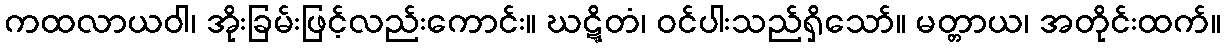
ကထလာယဝါ၊ အိုးခြမ်းဖြင့်လည်းကောင်း။ ဃဋ္ဋိတံ၊ ဝင်ပါးသည်ရှိသော်။ မတ္တာယ၊ အတိုင်းထက်။